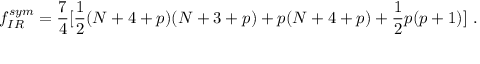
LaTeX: f _ { I R } ^ { s y m } = \frac { 7 } { 4 } [ \frac { 1 } { 2 } ( N + 4 + p ) ( N + 3 + p ) + p ( N + 4 + p ) + \frac { 1 } { 2 } p ( p + 1 ) ] \ .